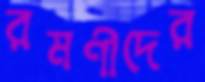
রমণীদের